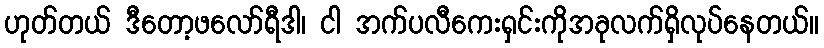
ဟုတ်တယ် ဒီတော့ဖလော်ရီဒါ၊ ငါ အက်ပလီကေးရှင်းကိုအခုလက်ရှိလုပ်နေတယ်။